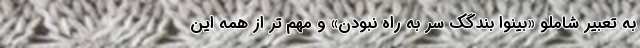
به تعبیر شاملو «بینوا بندگکِ سر به راه نبودن» و مهم تر از همه این